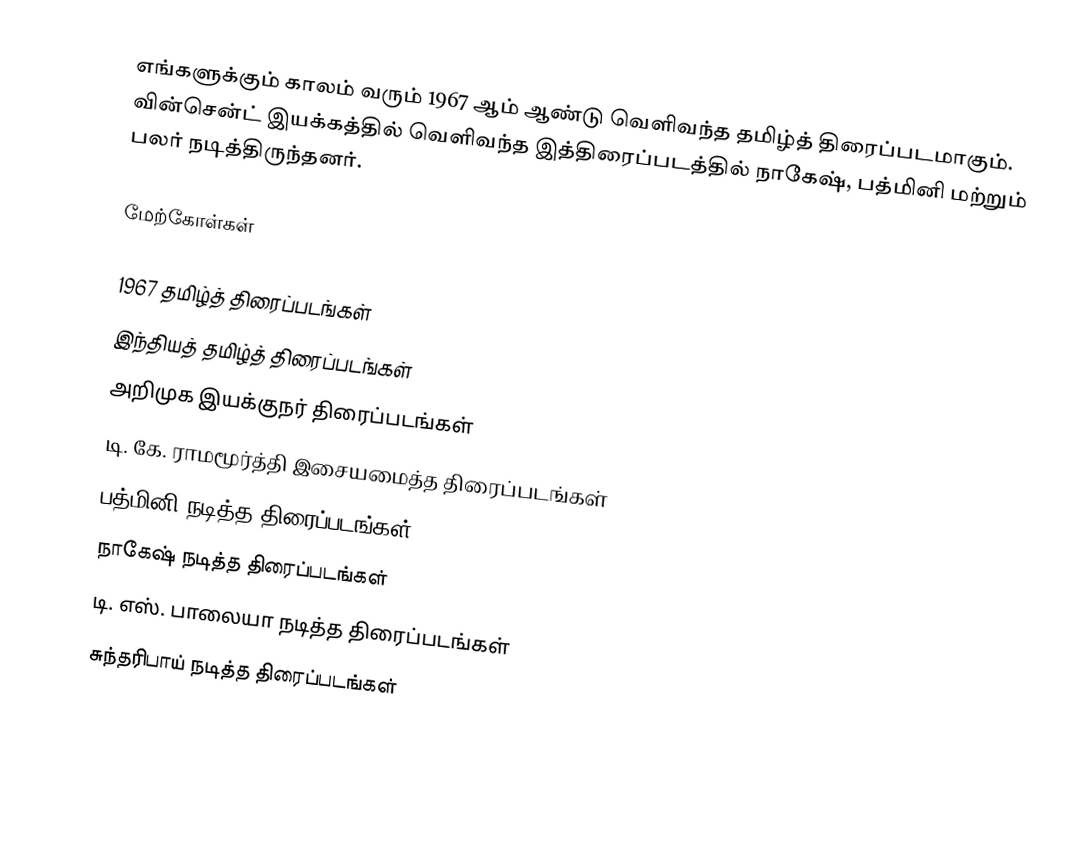
எங்களுக்கும் காலம் வரும் 1967 ஆம் ஆண்டு வெளிவந்த தமிழ்த் திரைப்படமாகும். வின்சென்ட் இயக்கத்தில் வெளிவந்த இத்திரைப்படத்தில் நாகேஷ், பத்மினி மற்றும் பலர் நடித்திருந்தனர்.

மேற்கோள்கள்

1967 தமிழ்த் திரைப்படங்கள்
இந்தியத் தமிழ்த் திரைப்படங்கள்
அறிமுக இயக்குநர் திரைப்படங்கள்
டி. கே. ராமமூர்த்தி இசையமைத்த திரைப்படங்கள்
பத்மினி நடித்த திரைப்படங்கள்
நாகேஷ் நடித்த திரைப்படங்கள்
டி. எஸ். பாலையா நடித்த திரைப்படங்கள்
சுந்தரிபாய் நடித்த திரைப்படங்கள்